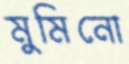
মুমিনো